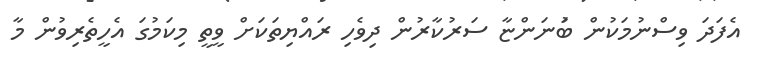
އެފަދަ ވިސްނުމަކުން ބުަނަންޏާ ސަރުކާރުން ދިވެހި ރައްޔިތަކަށް ވީތީ މިކަމުގަ އެހީތެރިވުން މާ